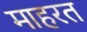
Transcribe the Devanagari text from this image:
माहरत